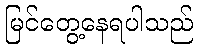
မြင်တွေ့နေရပါသည်